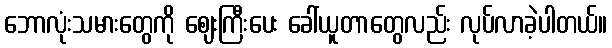
ဘောလုံးသမားတွေကို ဈေးကြီးပေး ခေါ်ယူတာတွေလည်း လုပ်လာခဲ့ပါတယ်။